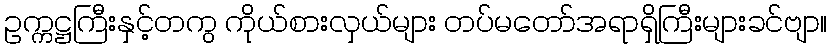
ဥက္ကဋ္ဌကြီးနှင့်တကွ ကိုယ်စားလှယ်များ တပ်မတော်အရာရှိကြီးများခင်ဗျာ။